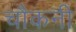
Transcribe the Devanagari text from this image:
चौकनी